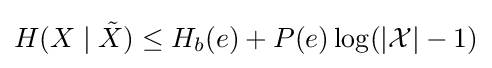
H(X\mid {\tilde {X}})\leq H_{b}(e)+P(e)\log(|{\mathcal {X}}|-1)